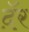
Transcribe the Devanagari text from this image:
दॅ़र